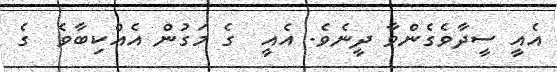
އެއީ ސީދާވެގެންވާ ދީނެވެ. އެއީ  ގެ މަގުން އެއްކިބާވެ  ގެ